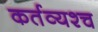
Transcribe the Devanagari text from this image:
कर्तव्यश्च